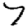
Digit: 7